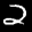
Label: 2